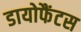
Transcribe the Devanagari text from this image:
डायोफैंटस